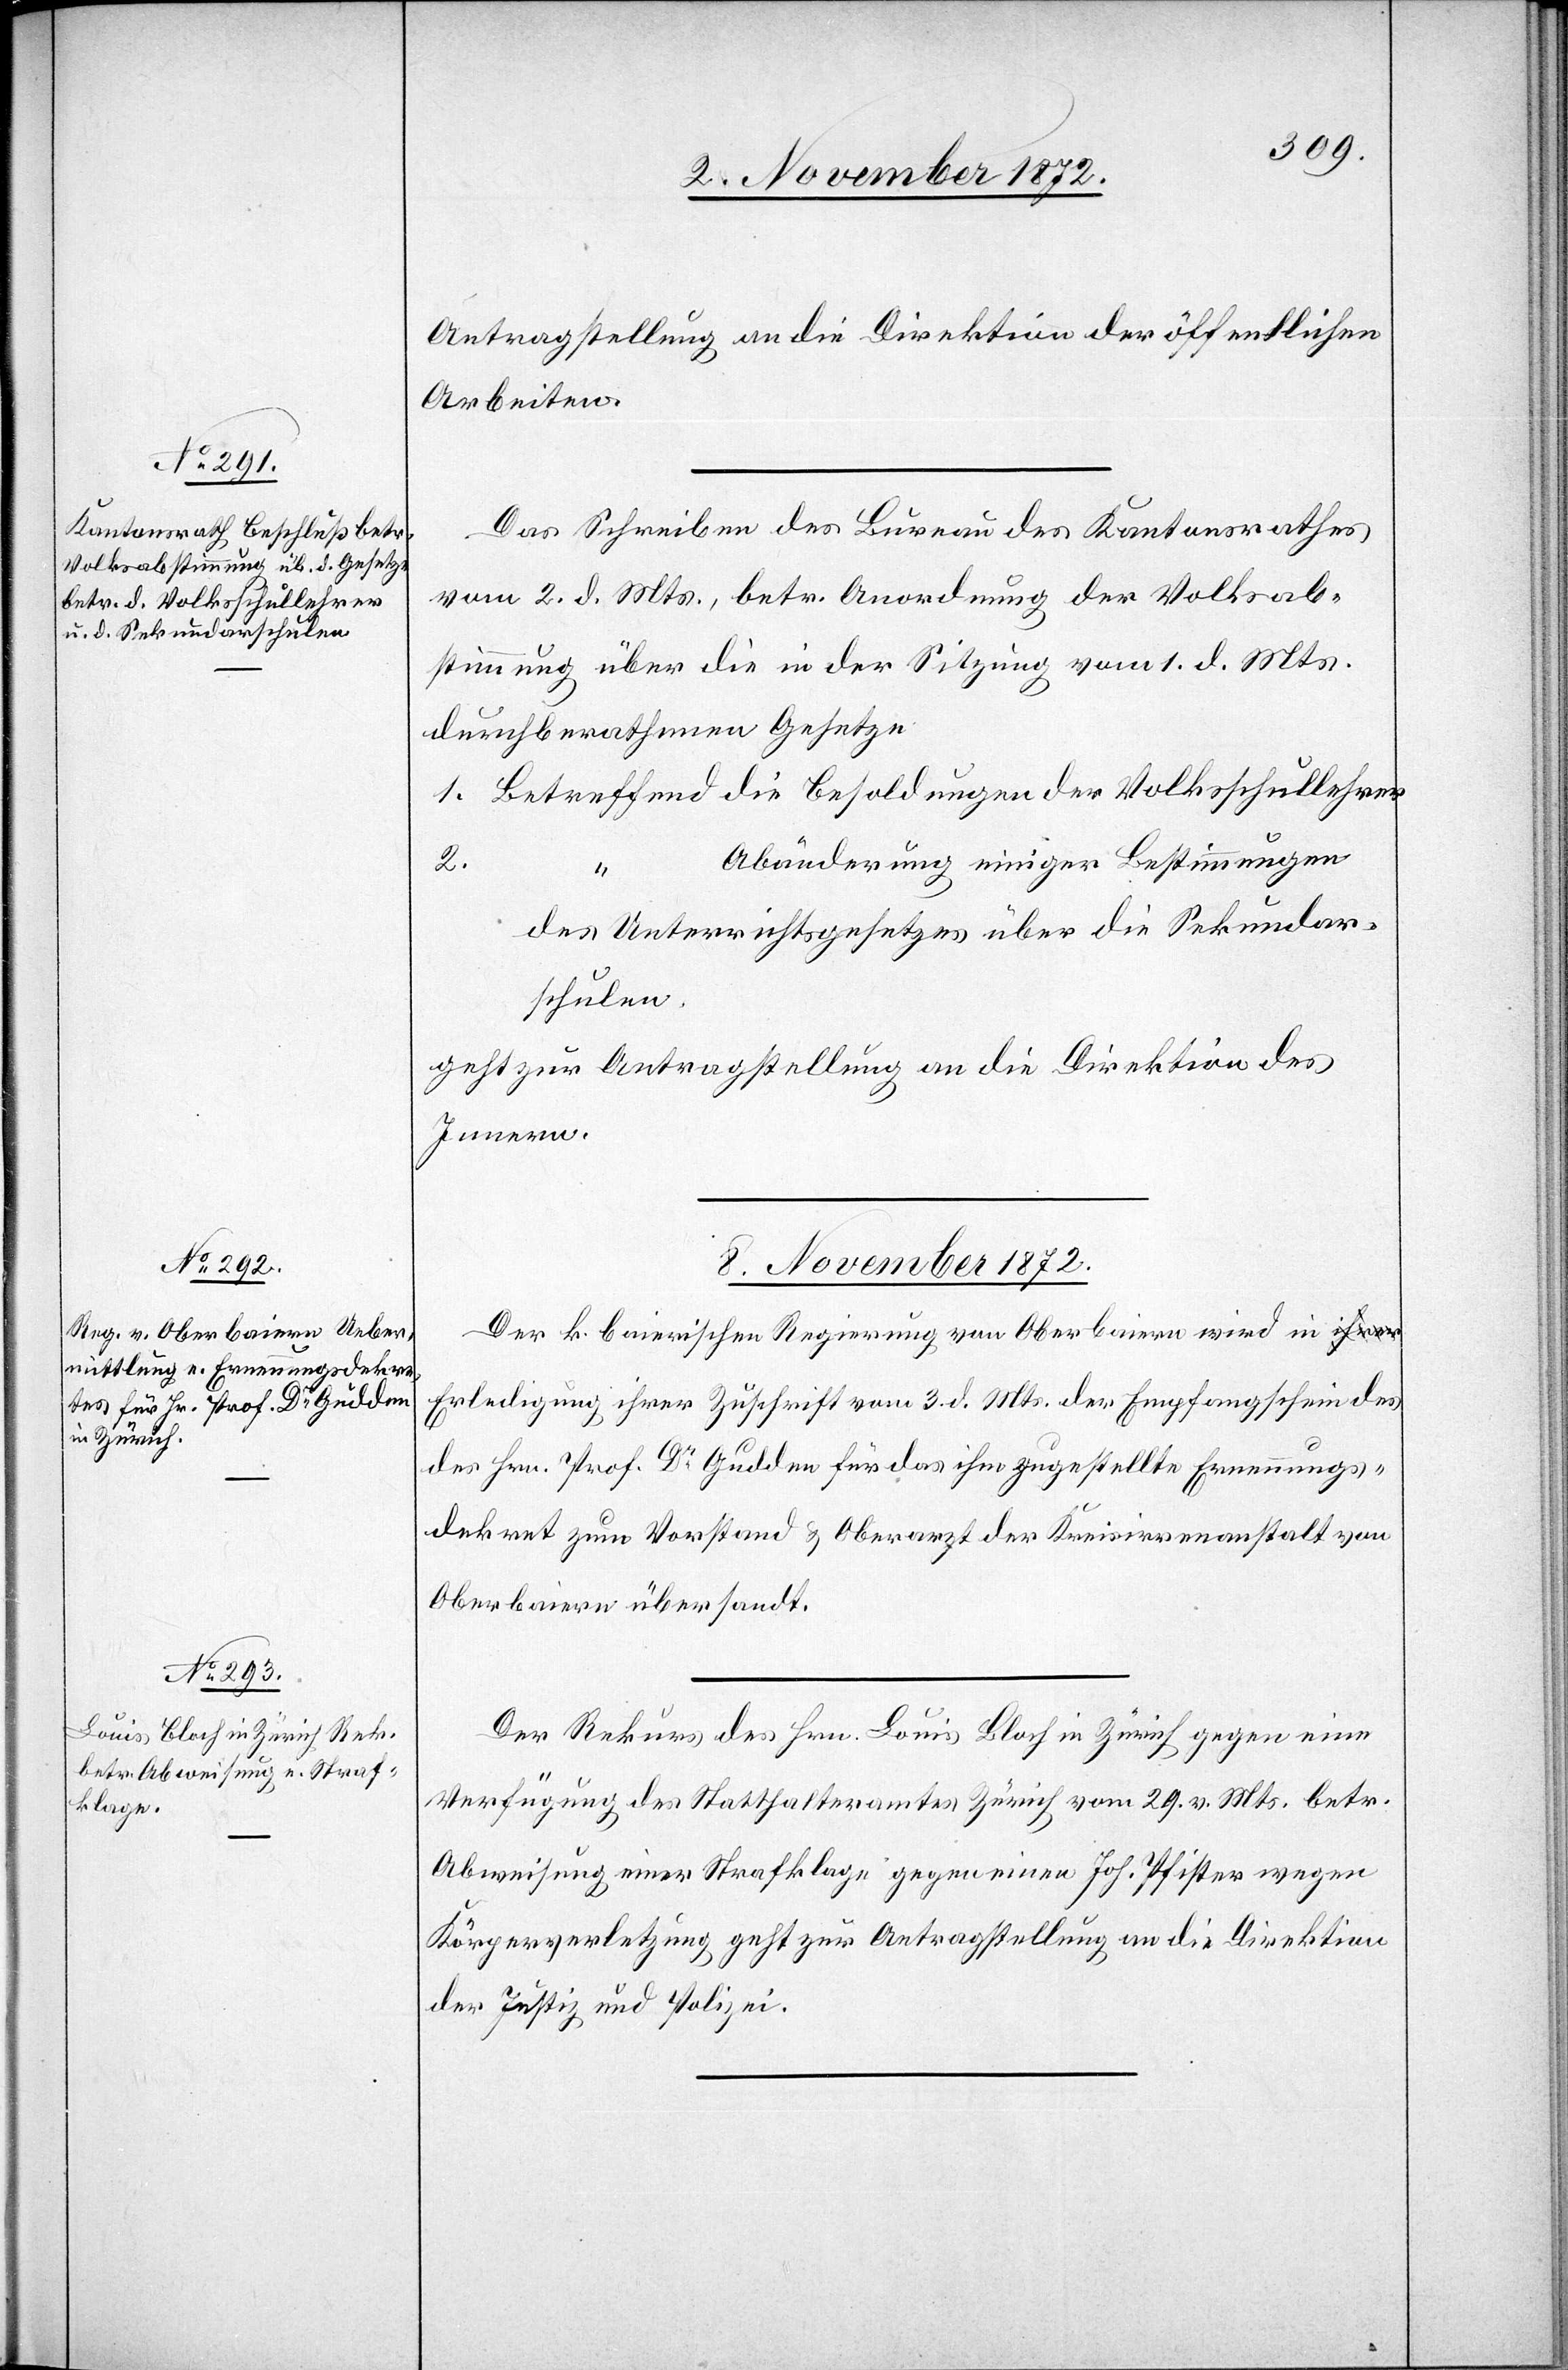
8. November 1872.]
Antragstellung an die Direktion der öffentlichen
Arbeiten.
Das Schreiben des Bureau des Kantonsrathes
vom 2. d. Mts., betr. Anordnung der Volksab¬
stimmung über die in der Sitzung vom 1. d. Mts.
durchberathenen Gesetze
1. Betreffend die Besoldungen der Volksschullehrer
Abänderung einiger Bestimmungen
2.
des Unterrichtsgesetzes über die Sekundar¬
schulen.
geht zur Antragstellung an die Direktion des
Innern.
Der k. baierischen Regierung von Oberbaiern wird in E¬
rledigung ihrer Zuschrift vom 3. d. Mts. der Empfangschein des
Hrn. Prof. Dr Gudden für das ihm zugestellte Ernennungs¬
dekret zum Vorstand u. Oberarzt der Kreisirrenanstalt von
Oberbaiern übersandt.
Der Rekurs des Hrn. Louis Bloch in Zürich gegen eine
Verfügung des Statthalteramtes Zürich vom 29. v. Mts. betr.
Abweisung einer Strafklage gegen einen Joh. Pfister wegen
Körperverletzung geht zur Antragstellung an die Direktion
der Justiz u. Polizei.